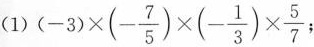
(1)( $$(-3)\times(- \frac{7}{5})\times(- \frac{1}{3})\times \frac{5}{7}$$